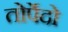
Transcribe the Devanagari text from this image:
तोर्पेदो